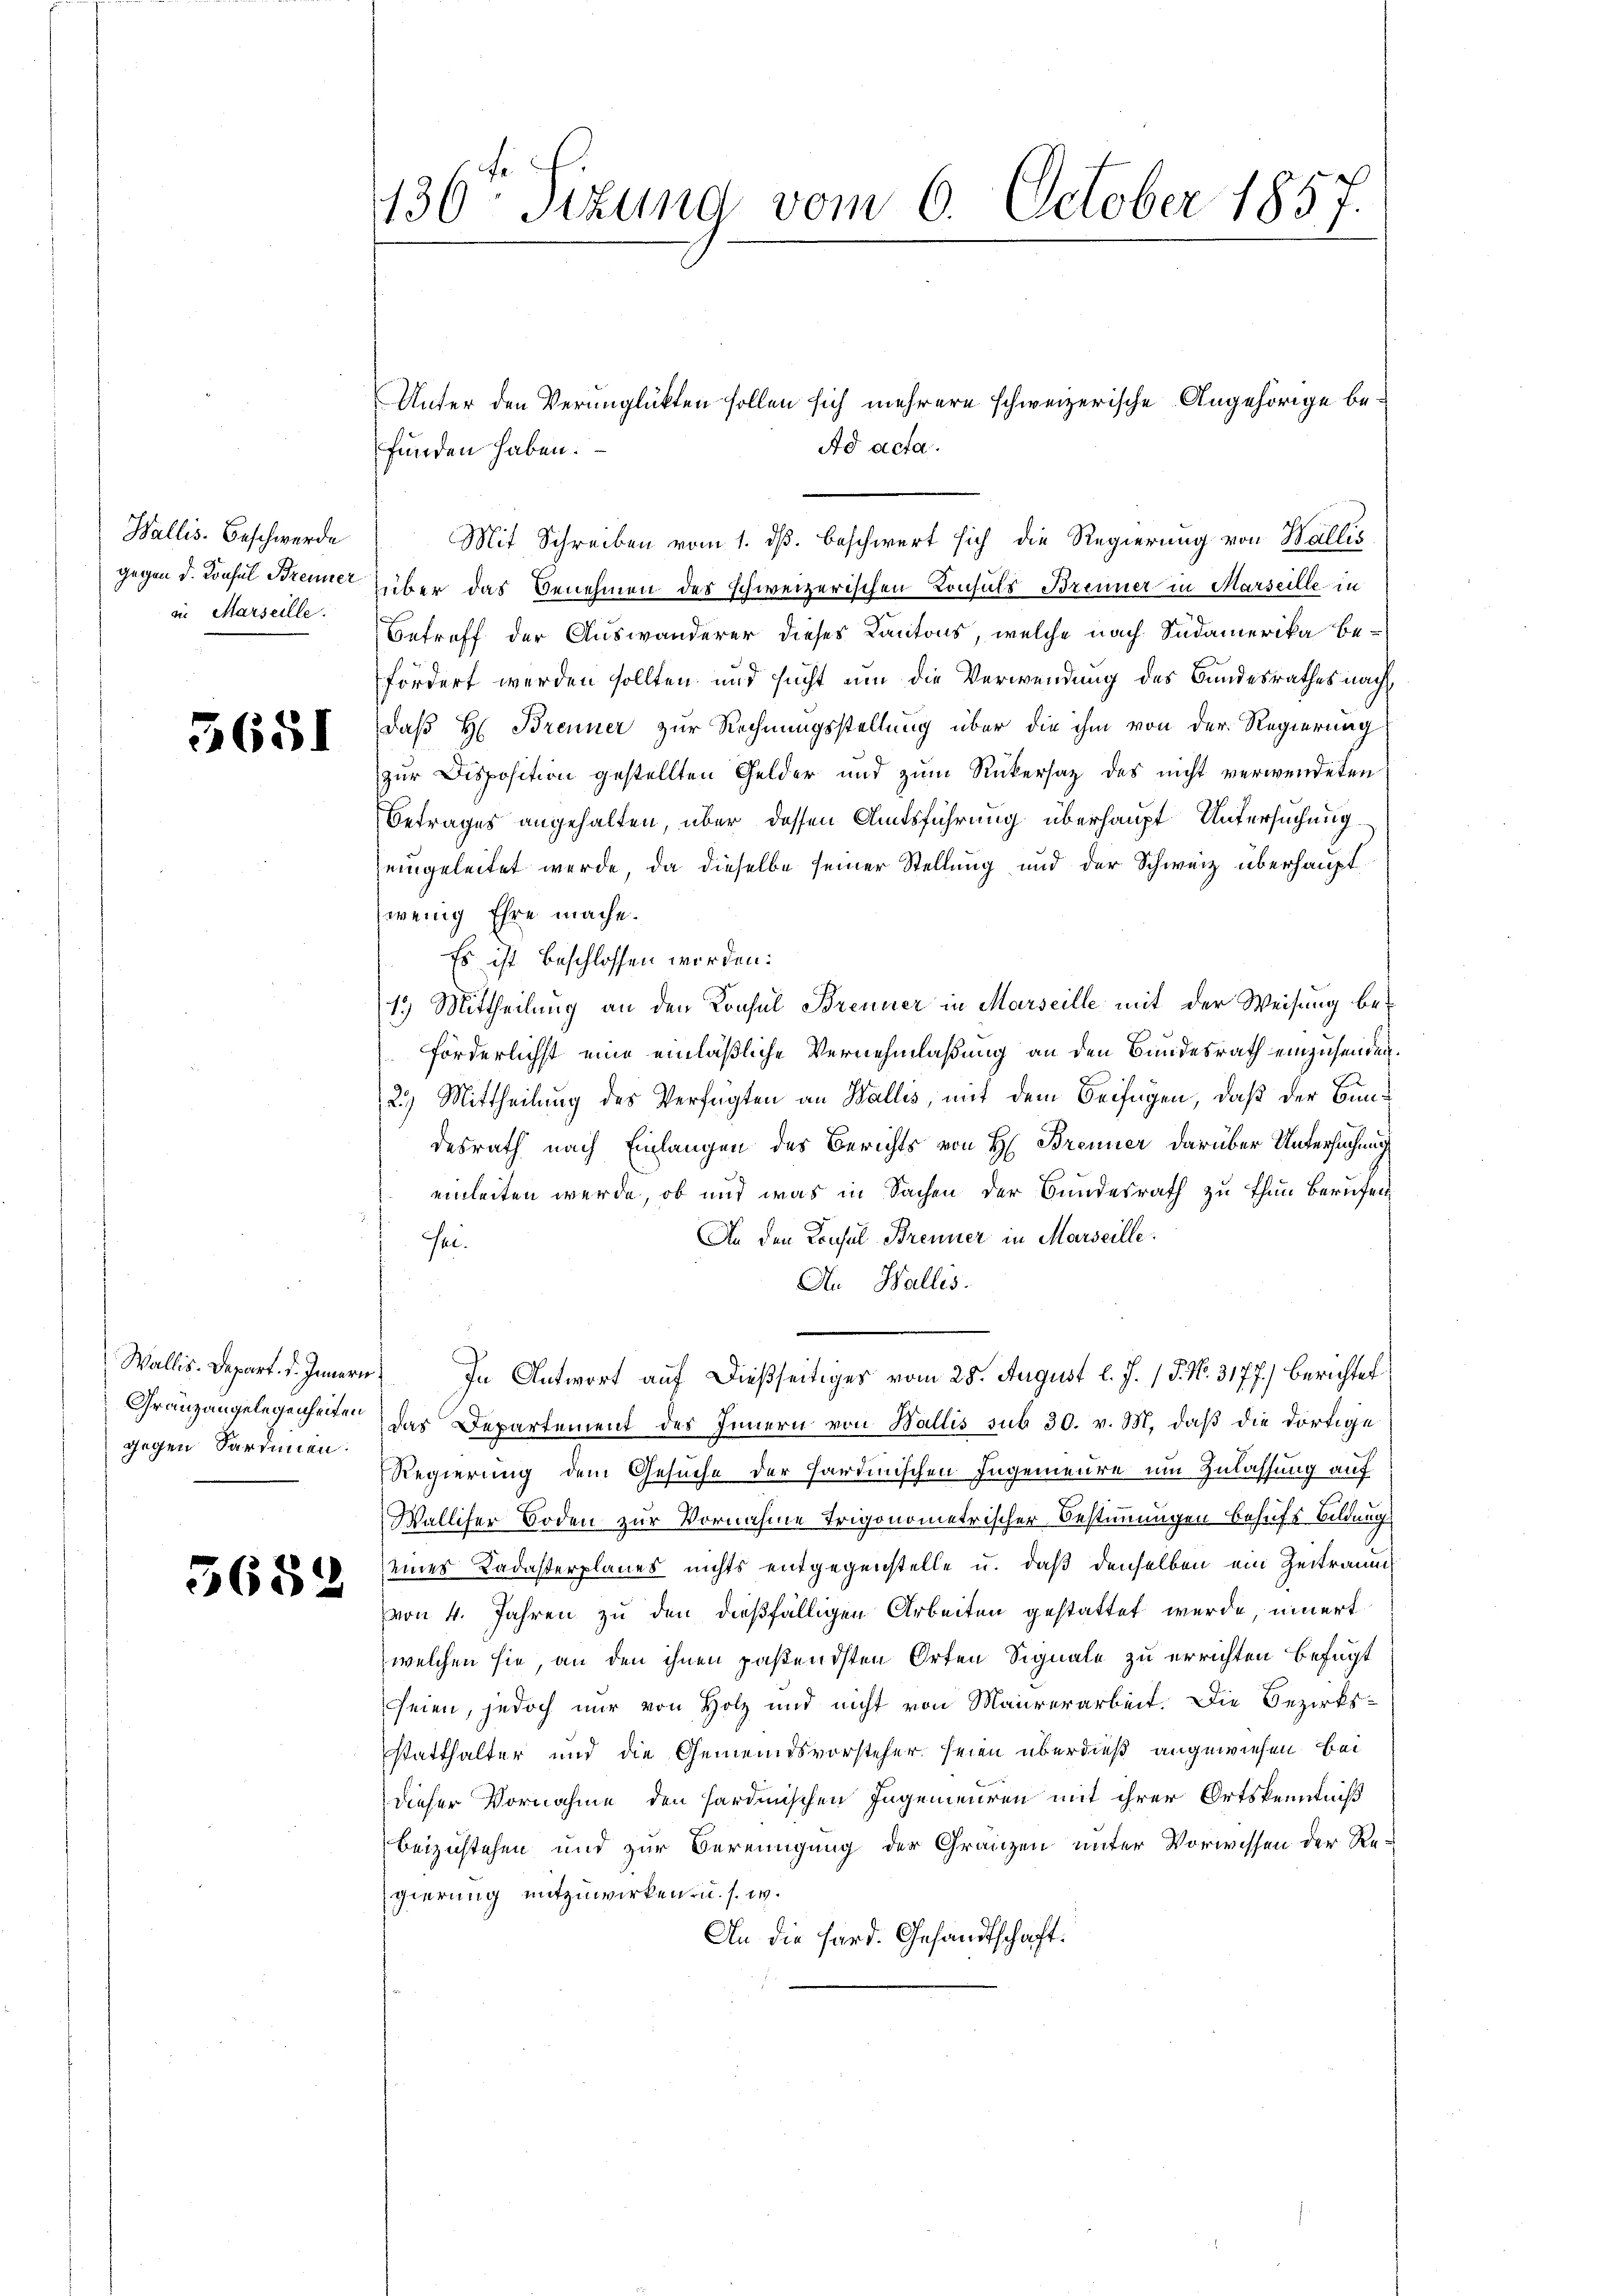
Wallis. Beschwerde
i. Marseille.

3651

funden haben.
Mit Schreiben vom 1. dß. beschwert sich die Regierung von Wallis
gegen d. Konsul Brenner über das Benehmen des schweizerischen Konsuls Brenner in Marseille in
Betreff der Auswanderer dieses Kantons, welche nach Südamerika befordert werden sollten und sucht um die Verwendung des Bundesrathes nach
daß H: Brenner zur Rechnungsstellung über die ihm von der Regierung
zur Disposition gestellten Gelder und zum Rükersaz des nicht verwendeten
Betrages angehalten, über dessen Amtsführung überhaupt Untersuchung.
eingeleitet werde, da dieselbe seiner Stellung und der Schweiz überhaupt
wenig Ehre mache.
Es ist beschlossen worden:
19 Mittheilung an den Konsul Brenner in Marseille mit der Weisung beförderlichst eine einläßliche Vernehmlaßung an den Bundesrath einzusenden.
2) Mittheilung des Verfügten an Wallis, mit dem Beifügen, daß der Bundesrath nach Einlangen des Berichts von H. Brenner darüber Untersuchung
einleiten werde, ob und was in Sachen der Bundesrath zu thun berufen
An den Consul Brenner in Marseille.
ei.
An Wallis.
n
Wallis. Depart. v. Innern, In Antwort auf dießseitiges vom 28. August l. J. 1 S. Nr. 3177.) Berichtet
Granzangelegenheite das Departement des Innern von Wallis sub 30. v. M. daß die dortige
Regierung dem Gesuche der Hardinischen Ingenieure um Zulassung auf
Walliser Boden zur Vornahme Trigonometrischer Bestimmungen behufs Bildung
eines Ladasterplanes nichts entgegenstelle u. daß denselben ein Zeitraum
von 4. Jahren zu den dießfälligen Arbeiten gestattet werde, innert
welchen sie, an den ihnen pastendsten Orten Signale zu errichten befugt
seien, jedoch nur von Holz und nicht von Maurerarbeit. Die Bezirks-
statthalter und die Gemeindsvorsteher seien überdieß angewiesen bei
dieser Vornahme den sardinischen Ingenieuren mit ihrer Ortskenntniß
beizustehen und zur Bereinigung der Gränzen unter Vorwissen der Regierung mitzuwirken- u. s. w.
An die Hard. Gesandtschaft:

gegen Sardinien.

5652

136ten Sizung vom 6. October 1857.

Ad acta.

Unter den Verunglükten sollen sich mehrere schweizerische Angehörige be¬